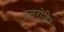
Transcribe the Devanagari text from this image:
एलरोहिर